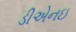
ડીએનઇ